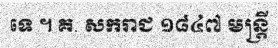
ទេ ។ គ. សករាជ ១៨៤៧ មន្ត្រី